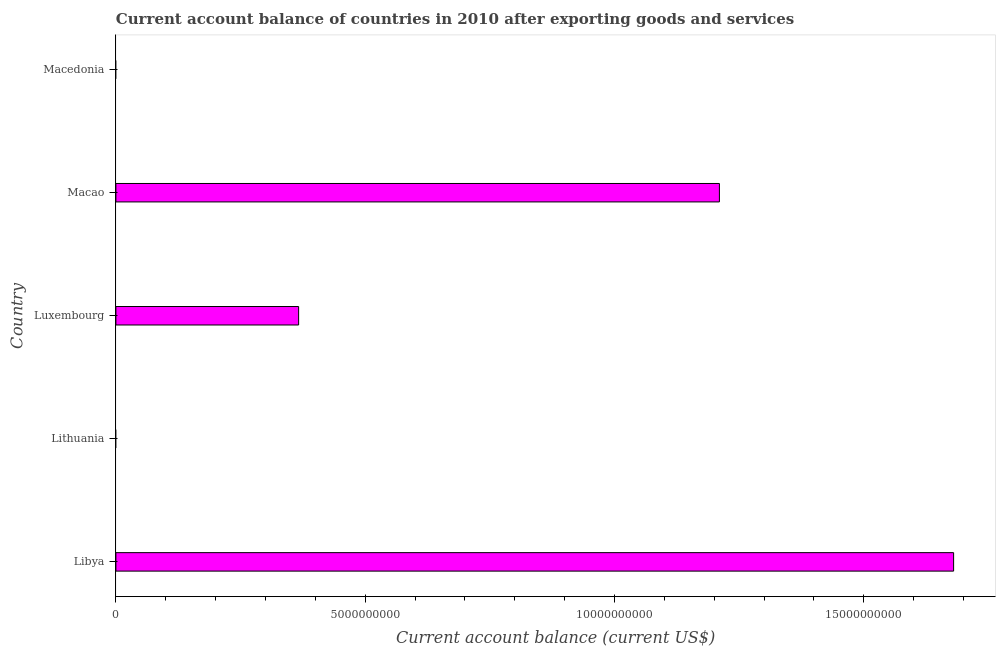
| Country | Current account balance |
 | --- | --- |
 | Libya | 1.68e+10 |
 | Lithuania | -1.19e+08 |
 | Luxembourg | 3.66e+09 |
 | Macao | 1.21e+10 |
 | Macedonia | -1.98e+08 |